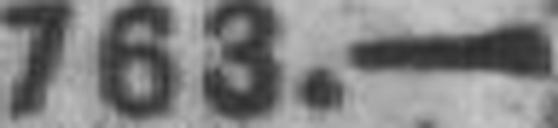
763.—